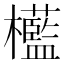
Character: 𣠩